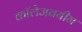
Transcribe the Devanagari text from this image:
कॉलेजवयीन